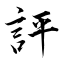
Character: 評